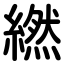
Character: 繎